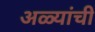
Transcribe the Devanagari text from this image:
अळ्यांची